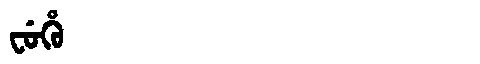
Manchu: ᠸᡠᡥᡠ
Romanization: FUHU